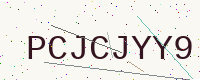
Text: PCJCJYY9